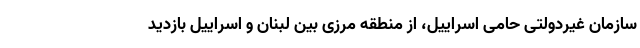
سازمان غیردولتی حامی اسراییل، از منطقه مرزی بین لبنان و اسراییل بازدید